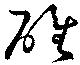
碓